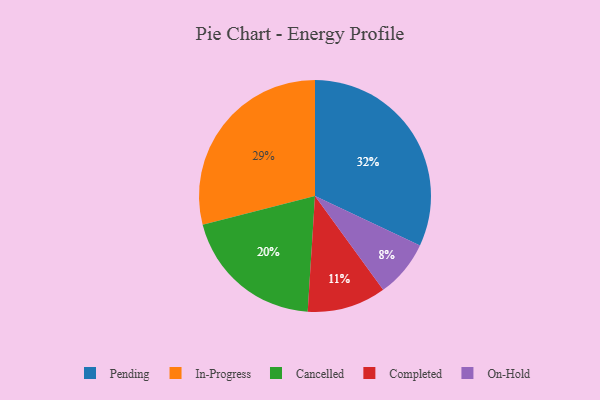
{"axis": {"x": "Category", "y": "Percentage"}, "legend": ["Cancelled", "Completed", "In-Progress", "On-Hold", "Pending"], "data": [{"x": "On-Hold", "y": 8, "type": "On-Hold"}, {"x": "Completed", "y": 11, "type": "Completed"}, {"x": "Cancelled", "y": 20, "type": "Cancelled"}, {"x": "Pending", "y": 32, "type": "Pending"}, {"x": "In-Progress", "y": 29, "type": "In-Progress"}]}